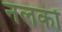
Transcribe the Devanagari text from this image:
नलकों